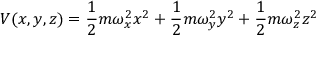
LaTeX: V ( x , y , z ) = { \frac { 1 } { 2 } } m \omega _ { x } ^ { 2 } x ^ { 2 } + { \frac { 1 } { 2 } } m \omega _ { y } ^ { 2 } y ^ { 2 } + { \frac { 1 } { 2 } } m \omega _ { z } ^ { 2 } z ^ { 2 }